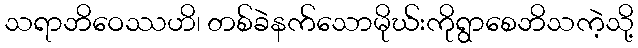
သရာဘိဝေဿဟိ၊ တစ်ခဲနက်သောမိုဃ်းကိုရွာစေဘိသကဲ့သို့